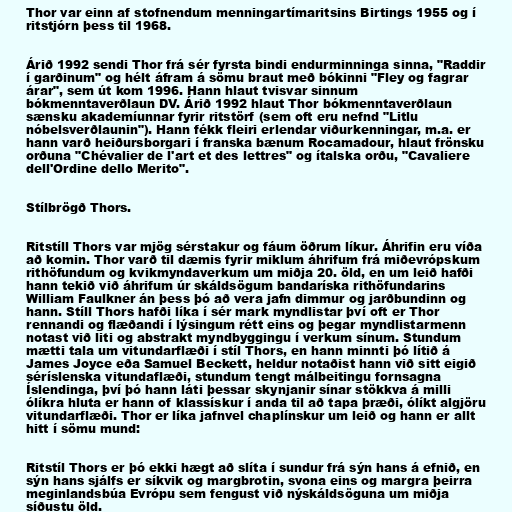
Thor var einn af stofnendum menningartímaritsins Birtings 1955 og í
ritstjórn þess til 1968.

Árið 1992 sendi Thor frá sér fyrsta bindi endurminninga sinna, "Raddir
í garðinum" og hélt áfram á sömu braut með bókinni "Fley og fagrar
árar", sem út kom 1996. Hann hlaut tvisvar sinnum
bókmenntaverðlaun DV. Árið 1992 hlaut Thor bókmenntaverðlaun
sænsku akademíunnar fyrir ritstörf (sem oft eru nefnd "Litlu
nóbelsverðlaunin"). Hann fékk fleiri erlendar viðurkenningar, m.a. er
hann varð heiðursborgari í franska bænum Rocamadour, hlaut frönsku
orðuna "Chévalier de l'art et des lettres" og ítalska orðu, "Cavaliere
dell'Ordine dello Merito".

Stílbrögð Thors.

Ritstíll Thors var mjög sérstakur og fáum öðrum líkur. Áhrifin eru víða
að komin. Thor varð til dæmis fyrir miklum áhrifum frá miðevrópskum
rithöfundum og kvikmyndaverkum um miðja 20. öld, en um leið hafði
hann tekið við áhrifum úr skáldsögum bandaríska rithöfundarins
William Faulkner án þess þó að vera jafn dimmur og jarðbundinn og
hann. Stíll Thors hafði líka í sér mark myndlistar því oft er Thor
rennandi og flæðandi í lýsingum rétt eins og þegar myndlistarmenn
notast við liti og abstrakt myndbyggingu í verkum sínum. Stundum
mætti tala um vitundarflæði í stíl Thors, en hann minnti þó lítið á
James Joyce eða Samuel Beckett, heldur notaðist hann við sitt eigið
séríslenska vitundaflæði, stundum tengt málbeitingu fornsagna
Íslendinga, því þó hann láti þessar skynjanir sínar stökkva á milli
ólíkra hluta er hann of klassískur í anda til að tapa þræði, ólíkt algjöru
vitundarflæði. Thor er líka jafnvel chaplínskur um leið og hann er allt
hitt í sömu mund:

Ritstíl Thors er þó ekki hægt að slíta í sundur frá sýn hans á efnið, en
sýn hans sjálfs er síkvik og margbrotin, svona eins og margra þeirra
meginlandsbúa Evrópu sem fengust við nýskáldsöguna um miðja
síðustu öld.